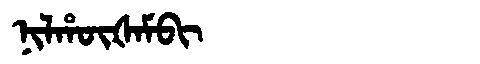
Manchu: ᠨᡳᠯᡥᡡᡧᠠᠮᠪᡳ
Romanization: NILHŪŠAMBI